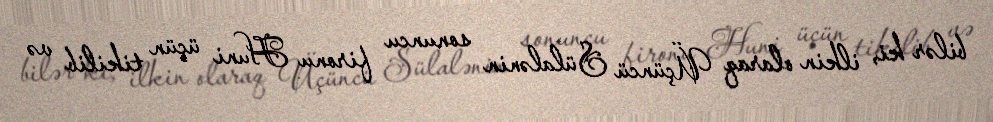
bilər ki, ilkin olaraq Üçüncü Sülalənin sonuncu fironu Huni üçün tikilib və